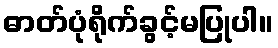
ဓာတ်ပုံရိုက်ခွင့်မပြုပါ။